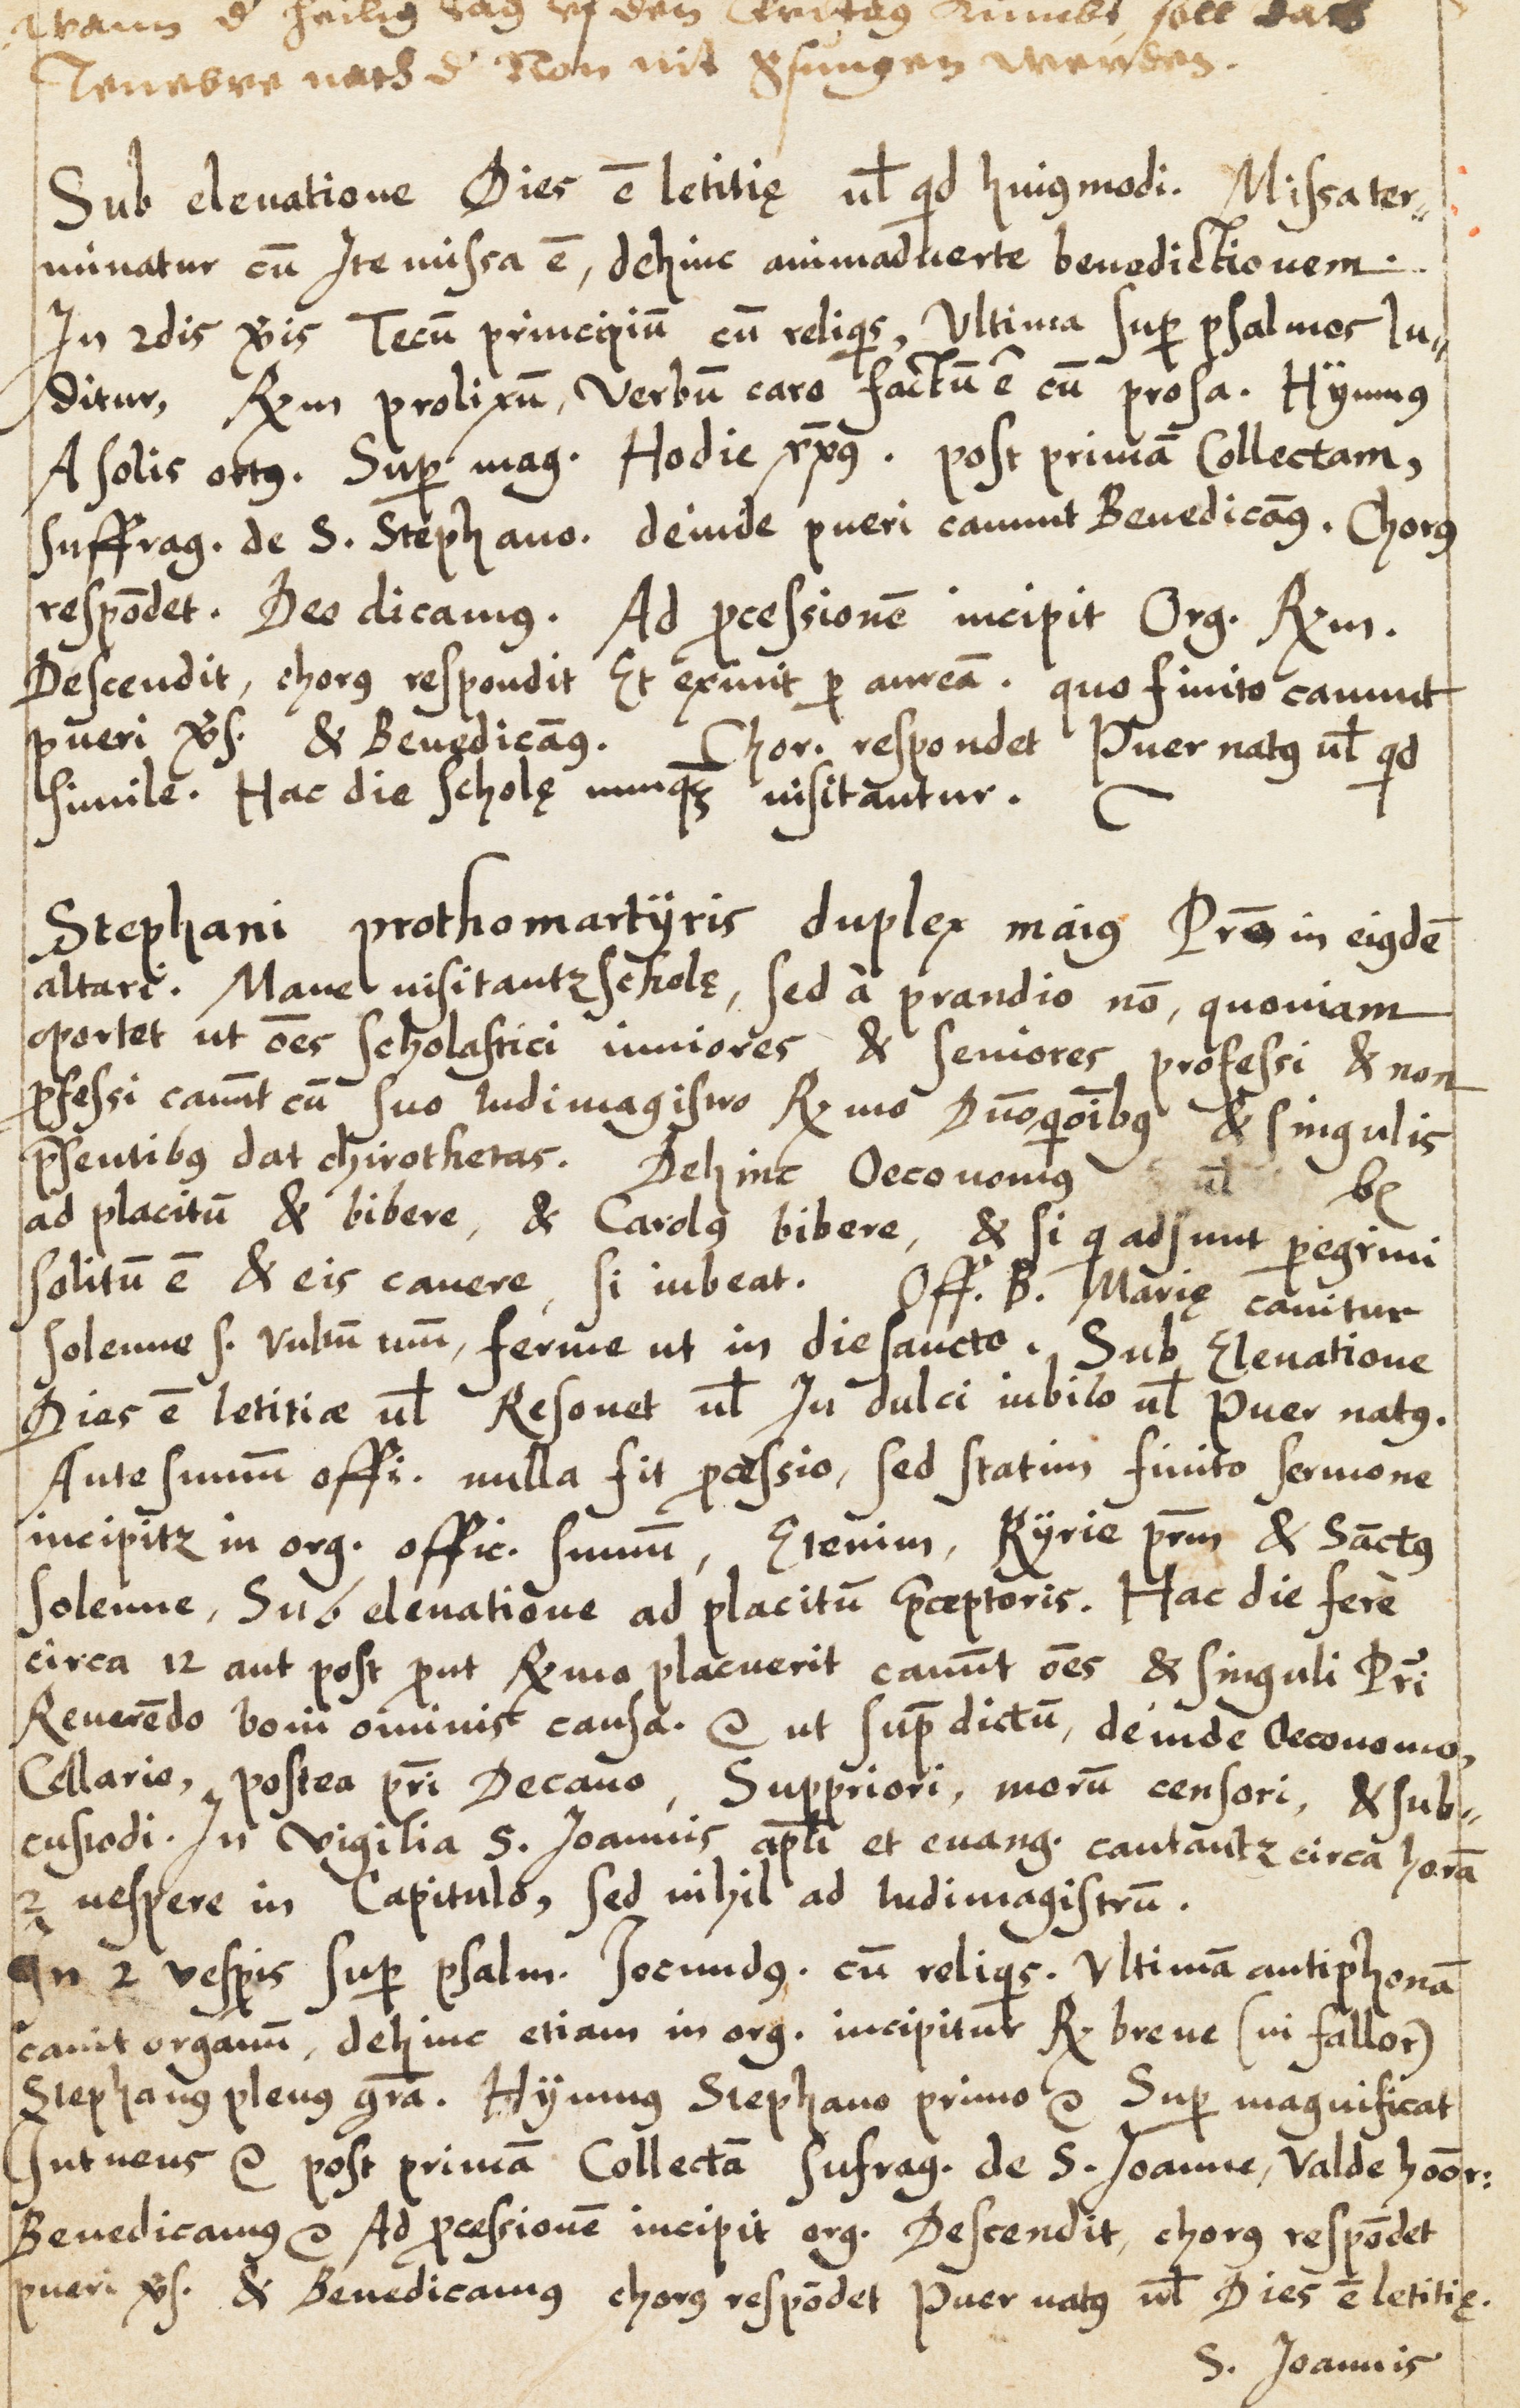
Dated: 1583–1583